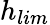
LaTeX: {h_{lim}}